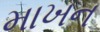
માખન